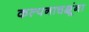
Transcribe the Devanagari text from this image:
कल्पनाचक्षूंना